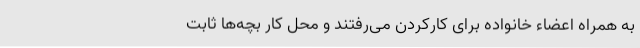
به همراه اعضاء خانواده برای کارکردن می‌رفتند و محل کار بچه‌ها ثابت